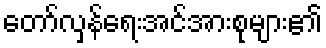
တော်လှန်ရေးအင်အားစုများ၏